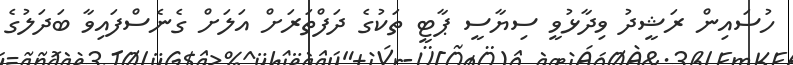
ހުސައިން ރަޝީދު ވިދާޅުވީ ސިޔާސީ ޕާޓީ ތަކުގެ ދަފްތަރަށް އަލަށް ގެނެސްފައިވާ ބަދަލުގެ